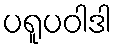
ပရူပဝါဒါ